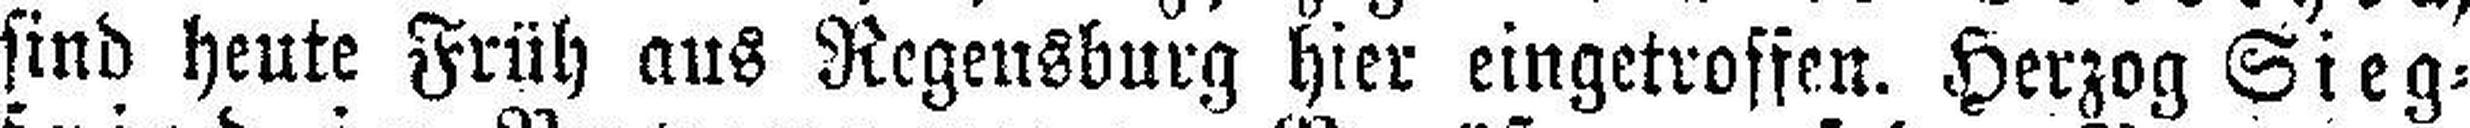
sind heute Früh aus Regensburg hier eingetroffen. Herzog Sieg¬